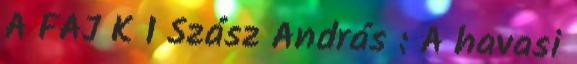
A FAJ K 1 Szász András : A havasi